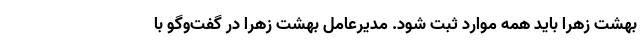
بهشت زهرا باید همه موارد ثبت شود. مدیرعامل بهشت زهرا در گفت‌وگو با